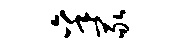
秉冢